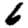
Digit: 6